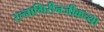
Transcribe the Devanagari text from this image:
रत्नागिरीनजीकच्या